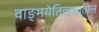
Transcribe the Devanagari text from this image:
वाङ्‌मयेतिहासातील